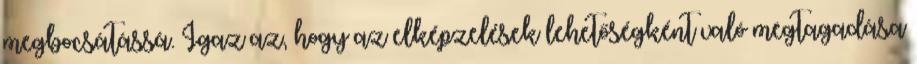
megbocsátássá. Igaz az, hogy az elképzelések lehetőségként való megtagadása